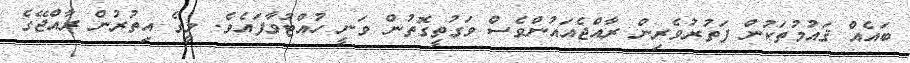
ބައެއް ޤައުމުތަކުން ފަތުރުވެރިން ރާއްޖެއައުންވެސް ވަގުތީގޮތުން ވަނީ ހުއްޓުވާފައެވެ. މީގެ އިތުރުން ރާއްޖޭގެ